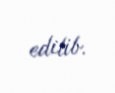
edilib.